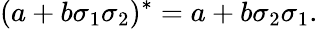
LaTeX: (a+b\sigma_{1}\sigma_{2})^{*}=a+b\sigma_{2}\sigma_{1}.